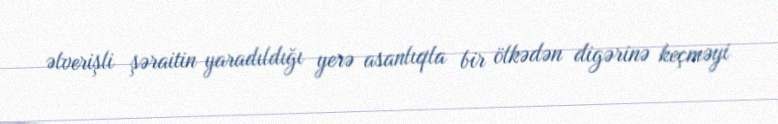
əlverişli şəraitin yaradıldığı yerə asanlıqla bir ölkədən digərinə keçməyi